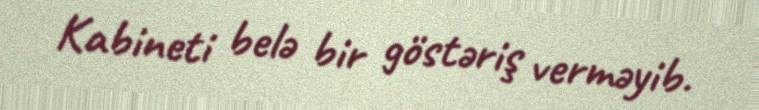
Kabineti belə bir göstəriş verməyib.